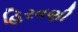
હિરવણી